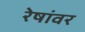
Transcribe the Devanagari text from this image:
रेषांवर